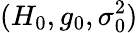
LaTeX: (H_{0},g_{0},\sigma_{0}^{2})